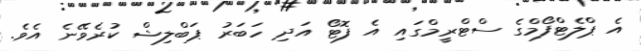
އެ ޕްލެޓްފޯމްގެ ސްޓްރީމްގައި އެ ފޮޓޯ އަދި ހަބަރު ޕަބްލިޝް ކުރެވޭނެ އެވެ.